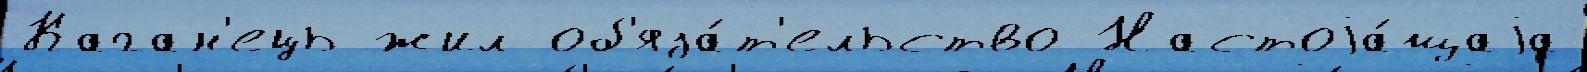
Каган'ець жил об'яза́т'ельство Настоjа́щаjа